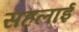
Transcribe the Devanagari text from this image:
सहलाई